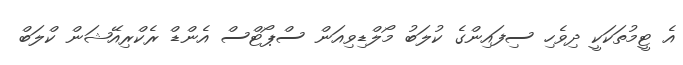
އެ ޓީމުތަކަކީ ދިވެހި ސިފައިންގެ ކުލަބު މޯލްޑިވިއަން ސްޕޯޓްސް އެންޑް ރެކްރިއޭޝަން ކްލަބް